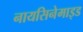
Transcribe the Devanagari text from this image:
नायसिनेमाइड